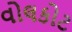
વોલકોટ